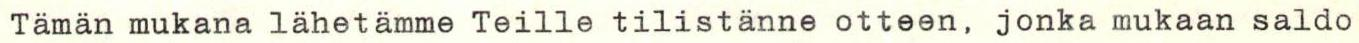
Tämän mukana lähetämme Teille tilistänne otteen, jonka mukaan saldo